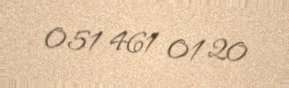
051 461 01 20